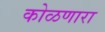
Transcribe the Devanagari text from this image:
कोळणारा